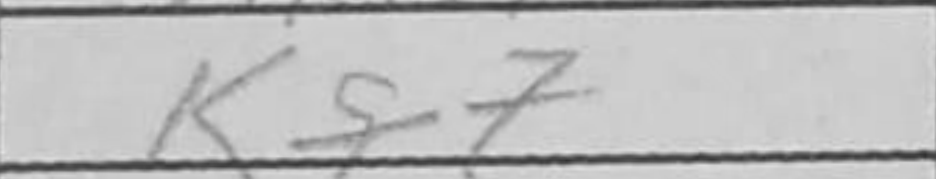
Transcription: Kf7